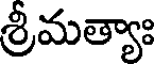
శ్రీమత్యాః